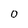
Character: 0